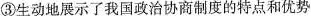
③生动地展示了我国政治协商制度的特点和优势